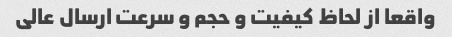
واقعا از لحاظ کیفیت و حجم و سرعت ارسال عالی